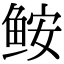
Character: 𩽾